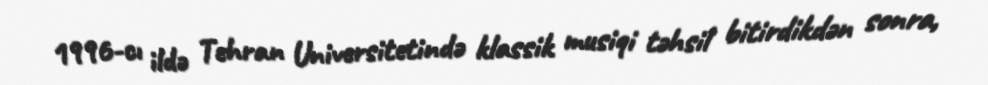
1996-cı ildə Tehran Universitetində klassik musiqi təhsil bitirdikdən sonra,